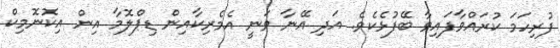
ފުރިހަމަ ކުރައްވާފައިވާ ބޭފުޅެކެވެ. އަދި އޭނާ ވަނީ އެމެރިކާއިން ޑިޕްލޮމާ އިން އިކޮނޮމިކް